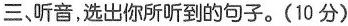
三、听音,选出你所听到的句子.(10 分)